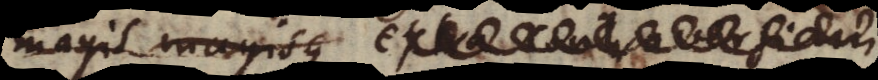
magis magisque extra